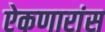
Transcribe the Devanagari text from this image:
ऐकणारांस